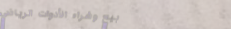
بيع وشراء الأدوات الرياضي